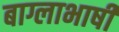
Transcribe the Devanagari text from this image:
बाग्लाभाषी